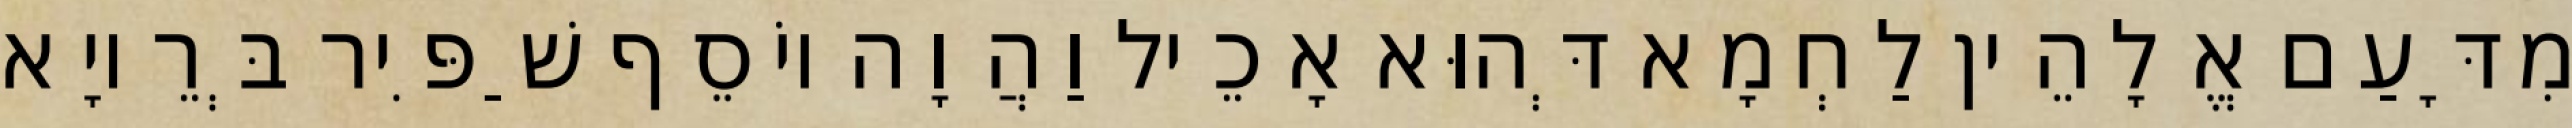
מִדָּעַם אֱלָהֵין לַחְמָא דְּהוּא אָכֵיל וַהֲוָה יוֹסֵף שַׁפִּיר בְּרֵיוָא